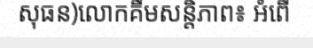
សុធន)លោកគឹមសន្តិភាព៖ អំពើ